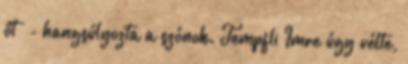
őt” - hangsúlyozta a szónok. Tempfli Imre úgy vélte,